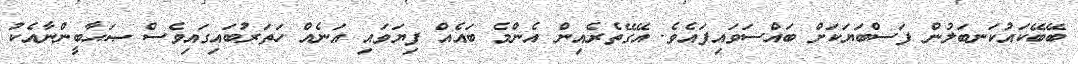
ބޭބޭކައުކަނބަލުން ފަސްބަޔަކަށް ބައްސަވައިފައެވެ. އޭގޭތެރެއިން އެންމެ ބައެއް ފިޔަވައި އަނެއް ހަތަރުބައިގައިވެސް ޞަޙާބީންނާއެކު